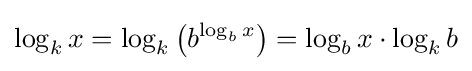
\log _{k}x=\log _{k}\left(b^{\log _{b}x}\right)=\log _{b}x\cdot \log _{k}b